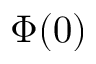
\Phi ( 0 )